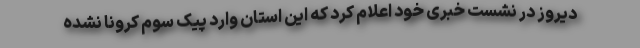
دیروز در نشست خبری خود اعلام کرد که این استان وارد پیک سوم کرونا نشده